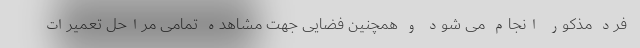
فرد مذکور انجام می شود و همچنین فضایی جهت مشاهده تمامی مراحل تعمیرات